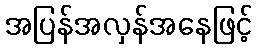
အပြန်အလှန်အနေဖြင့်